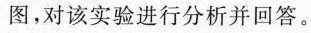
图，对该实验进行分析并回答。